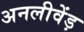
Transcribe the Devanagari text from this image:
अनलीवेंड़